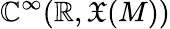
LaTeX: \mathbb{C}^{\infty}(\mathbb{{R}},{\mathfrak{{X}}}(M))